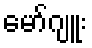
မော်ဂျူး